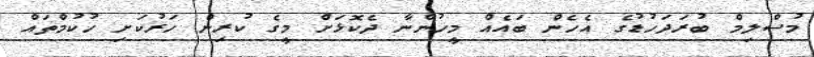
މުސްލިމް ބުރަދަހުޑުގެ އެހެން ބައެއް މީހުންނާ ދެކޮޅަށް މީގެ ކުރިން ހަރުކަށި ހުކުމްތައް